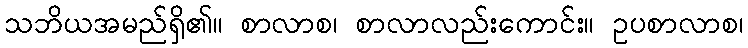
သဘိယအမည်ရှိ၏။ စာလာစ၊ စာလာလည်းကောင်း။ ဥပစာလာစ၊